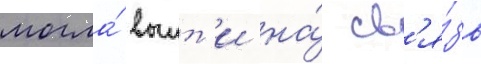
могла́ выит'и на́ св'я́зь